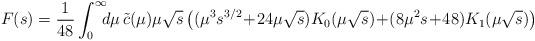
LaTeX: \begin{align*} F(s) = \frac{1}{48}\int_0^\infty\! \! \! d\mu \, \tilde{c}(\mu) \mu \sqrt {s}\left( ({\mu}^{3}{s}^{3/2}\!+\!24\mu \sqrt{s}) K_0(\mu \sqrt{s})\!+\!(8 \mu^2 s\!+\!48) K_1(\mu \sqrt {s})\right )\end{align*}